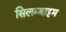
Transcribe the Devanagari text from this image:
सिलम्बाट्टम